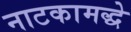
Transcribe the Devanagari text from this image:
नाटकामद्धे